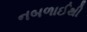
નબળાઈથી